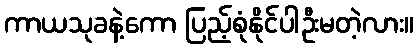
ကာယသုခနဲ့ကော ပြည့်စုံနိုင်ပါဦးမတဲ့လား။